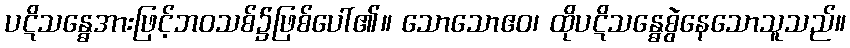
ပဋိသန္ဓေအားဖြင့်ဘဝသစ်၌ဖြစ်ပေါ်၏။ သောသောဧဝ၊ ထိုပဋိသန္ဓေစွဲနေသောသူသည်။